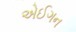
એઈગન